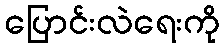
ပြောင်းလဲရေးကို